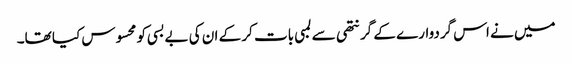
میں نے اس گردوارے کے گرنتھی سے لمبی بات کر کے ان کی بےبسی کو محسوس کیا تھا۔